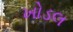
ખોડલ